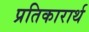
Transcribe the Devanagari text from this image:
प्रतिकारार्थ